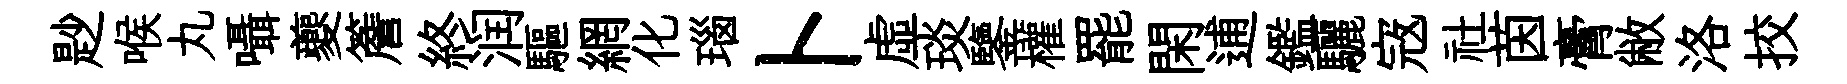
尟喉丸囁夔簷終润驅網化瑙卜虛琰鑒權罷閑逋鑑驪𡨥社茵膏敝洛挍